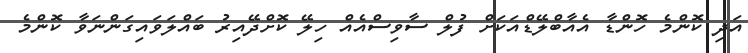
އަދި ކޮންމެ ހޮންޑާ އެއާބްލޭޑްއަކަށް ފުލް ސާވިސްއެއް ހިލޭ ކޮށްދޭއިރު ބައްލަވައިގަންނަވާ ކޮންމެ